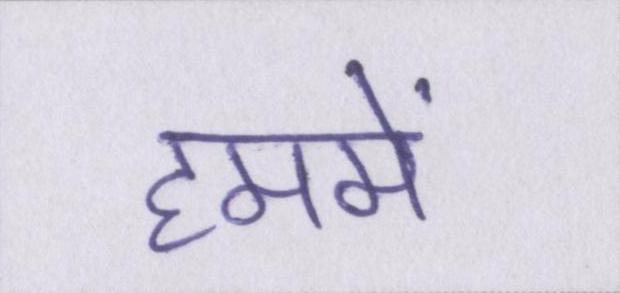
हममें